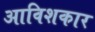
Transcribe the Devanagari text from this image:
आविशकार